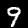
Label: 9